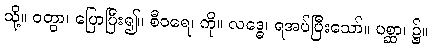
သို့။ ဝတွာ၊ ပြောပြီး၍။ စီဝရေ၊ ကို။ လဒ္ဓေ၊ ရအပ်ပြီးသော်။ ပစ္ဆာ၊ ၌။